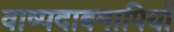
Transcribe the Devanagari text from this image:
वाष्पदाबमापियों